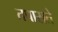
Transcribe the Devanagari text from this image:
तपासते